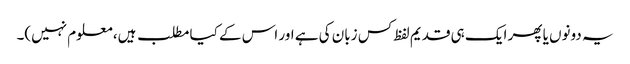
یہ دونوں یا پھر ایک ہی قدیم لفظ کس زبان کی ہے اور اس کے کیا مطلب ہیں، معلوم نہیں)۔